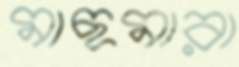
মাছমারা